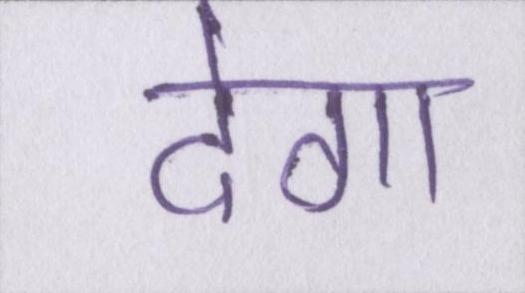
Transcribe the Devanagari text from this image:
देगा